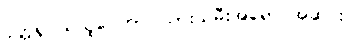
ပုတ္တရူပယသူပေတာ၊ သားသမီးအရောင်အဆင်း